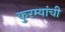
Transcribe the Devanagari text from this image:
कुरम्यांची